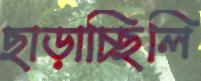
ছাড়াচ্ছিলি